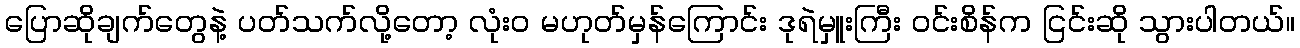
ပြောဆိုချက်တွေနဲ့ ပတ်သက်လို့တော့ လုံးဝ မဟုတ်မှန်ကြောင်း ဒုရဲမှူးကြီး ဝင်းစိန်က ငြင်းဆို သွားပါတယ်။